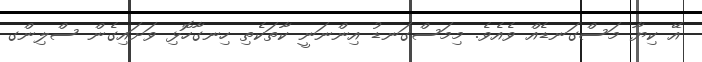
އޭ ކިޔާ މަސްގަނޑެއް ވެއެވެ. މިމަސްގަނޑު އިންނަނީ ކާތަކެތި ހިނގާހޮޅި ވަށައިގެން ސްލިންގ